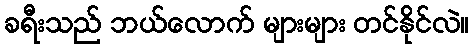
ခရီးသည် ဘယ်လောက် များများ တင်နိုင်လဲ။